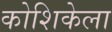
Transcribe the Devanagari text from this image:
कोशिकेला